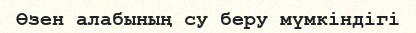
Өзен алабының су беру мүмкіндігі